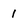
Character: 1